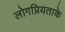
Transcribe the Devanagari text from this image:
लोगप्रियताके